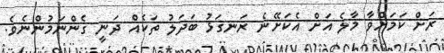
ރަށް ކަމަށްވާ މާލެ އަށް އެކަށޭނެ ރަނގަޅު ބަދަލު ތަކެއް ދަނީ ގެންނަމުންނެވެ.